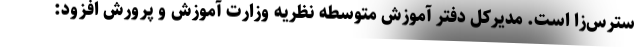
سترس‌زا است. مدیرکل دفتر آموزش متوسطه نظریه وزارت آموزش و پرورش افزود: